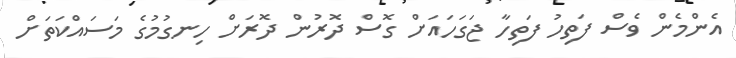
އެންމެން ވެސް ފަތިހު ފަތިހާ ޖަގަހައަށް ގޮސް ދޮރުން ދޮރަށް ހިނގުމުގެ މަސައްކަތަށް